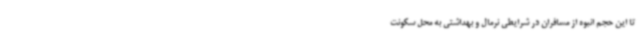
تا این حجم انبوه از مسافران در شرایطی نرمال و بهداشتی به محل سکونت